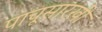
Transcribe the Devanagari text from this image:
पाचूसारखी